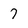
Character: 7